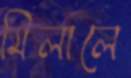
মিলালে